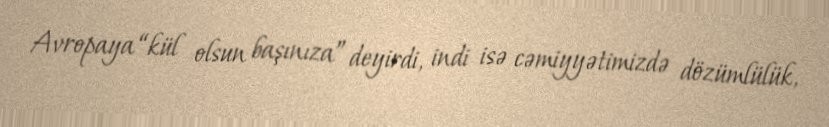
Avropaya “kül olsun başınıza” deyirdi, indi isə cəmiyyətimizdə dözümlülük,